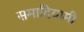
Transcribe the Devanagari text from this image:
समादियामी